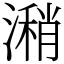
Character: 潲